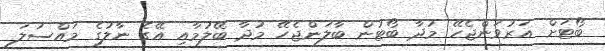
ބޯޓަށް އަރުވަންޖެހޭ މުދާ ބޯޓުން ބާލަންޖެހޭ މުދާ ބޭލުމާއި އޭގެ ނާލުގެ މައްސަލަ